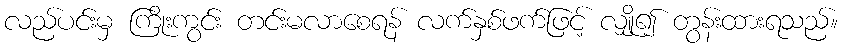
လည်ပင်းမှ ကြိုးကွင်း တင်းမလာစေရန် လက်နှစ်ဖက်ဖြင့် လျှို၍ တွန်းထားရသည်။